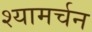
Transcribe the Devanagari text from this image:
श्यामर्चन